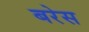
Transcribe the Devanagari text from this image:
बरेस